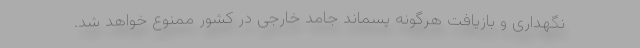
نگهداری و بازیافت هرگونه پسماند جامد خارجی در کشور ممنوع خواهد شد.